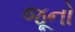
જૂનો